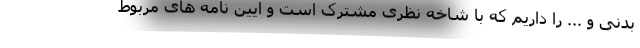
بدنی و ... را داریم که با شاخه نظری مشترک است و آیین نامه های مربوط